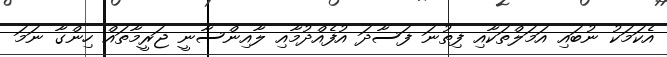
އެކަމަކު ނުބައި އަމަލްތަކާއި ފިތުނަ ފަސާދަ އުފެއްދުމާއި ލާއިންސާނީ ޖަރީމާތައް ހިންގާ ނަމަ